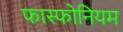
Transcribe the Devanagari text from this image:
फास्फोनियम